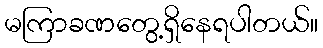
မကြာခဏတွေ့ရှိနေရပါတယ်။